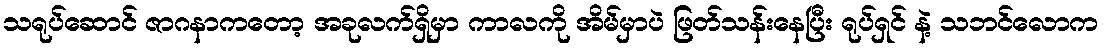
သရုပ်ဆောင် ဇာဂနာကတော့ အခုလက်ရှိမှာ ကာလကို အိမ်မှာပဲ ဖြတ်သန်းနေပြီး ရုပ်ရှင် နဲ့ သဘင်လောက